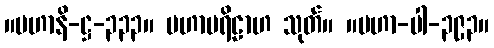
။မဟာနိ-ဋ္ဌ-၃၃၃။ မဟာပရိဠာဟ သုတ်။ ။မဟာ-ပါ-၃၉၃။